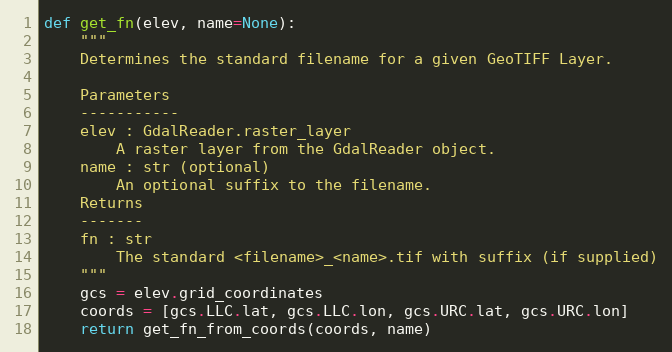
Language: Python
def get_fn(elev, name=None):
    """
    Determines the standard filename for a given GeoTIFF Layer.

    Parameters
    -----------
    elev : GdalReader.raster_layer
        A raster layer from the GdalReader object.
    name : str (optional)
        An optional suffix to the filename.
    Returns
    -------
    fn : str
        The standard <filename>_<name>.tif with suffix (if supplied)
    """
    gcs = elev.grid_coordinates
    coords = [gcs.LLC.lat, gcs.LLC.lon, gcs.URC.lat, gcs.URC.lon]
    return get_fn_from_coords(coords, name)